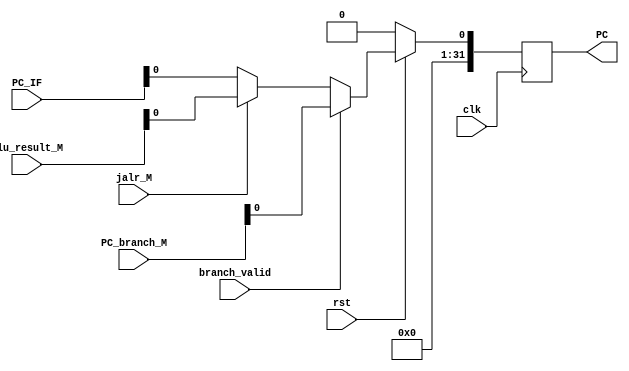
module PC(
    input clk,
    input rst,
    input [31:0] PC_IF,
    input [31:0] PC_branch_M,
    input [31:0] alu_result_M,
    input branch_valid,
    input jalr_M,
    output reg [31:0] PC
);

reg PC_temp;

always@(posedge clk) begin
    if(~rst)
        PC <= 0;
    else
        PC <= PC_temp;
end

always@* begin
    case(1'b1)
        branch_valid: PC_temp = PC_branch_M;
        jalr_M: PC_temp = alu_result_M;
        default: PC_temp = PC_IF;
    endcase
end

endmodule